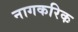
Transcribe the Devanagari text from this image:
नागकरिक